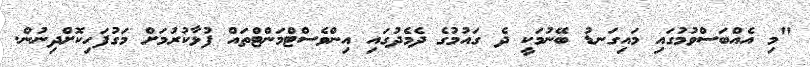
"މި އެއްބަސްވުމުގައި މައިގަނޑު ބޭނުމަކީ ދެ ގައުމުގެ ދެމެދުގައި އިންވެސްޓްމަންޓްތައް ފުޅާކުރުމަށް މަގުފަހިކޮށްދިނުން.